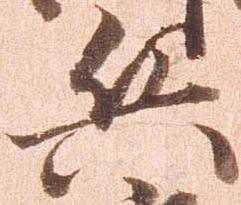
兵